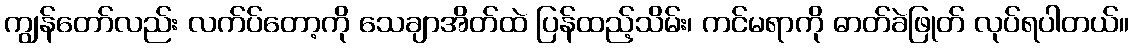
ကျွန်တော်လည်း လက်ပ်တော့ကို သေချာအိတ်ထဲ ပြန်ထည့်သိမ်း၊ ကင်မရာကို ဓာတ်ခဲဖြုတ် လုပ်ရပါတယ်။